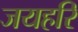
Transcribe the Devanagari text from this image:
जयहरि